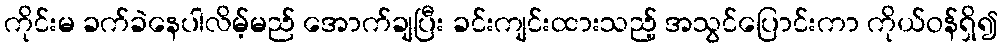
ကိုင်းမ ခက်ခဲနေပါလိမ့်မည် အောက်ချပြီး ခင်းကျင်းထားသည့် အသွင်ပြောင်းကာ ကိုယ်ဝန်ရှိ၍